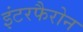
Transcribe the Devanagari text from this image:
इंटरफैरोन